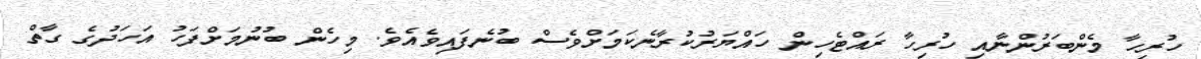
ހުރިހާ މެންބަރުންނާއި ހުރިހާ ރައްޓެހިން ހައްޔަރުކުރާނެކަމަށްވެސް ބުނެފައިވެއެވެ. މިހެން ބުނުމަށްފަހު އަހަދުގެ ގާތް